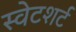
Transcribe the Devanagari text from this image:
स्वेटशर्ट